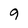
Character: 9